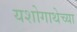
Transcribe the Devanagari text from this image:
यशोगाथेच्या